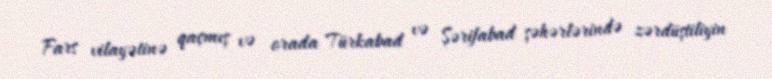
Fars vilayətinə qaçmış və orada Türkabad və Şərifabad şəhərlərində zərdüştiliyin